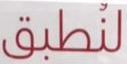
لنطيق